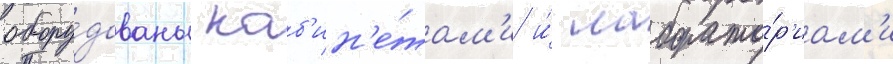
обору́дованы каб'ин'е́там'и и́ лаборато́р'иам'и